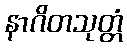
နာဂိတသုတ္တံ